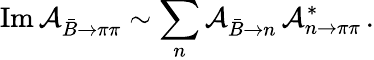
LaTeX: \mathrm{Im}\, {\cal A}_{\bar{B}\to\pi\pi}\sim\sum_{n}{\cal A}_{\bar{B}\to n}\, {\cal A}_{n\to\pi\pi}^{*}\, .